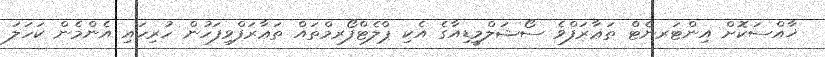
ޚާއްސަކޮށް އިންޓަރނެޓް ތަޢާރަފްވެ ސޯޝަލްމީޑިއާގެ އެކި ޕްލެޓްފޯރމްތައް ތަޢާރަފްވިފަހުން ހުރިހައި އެންމެން ކަހަލަ